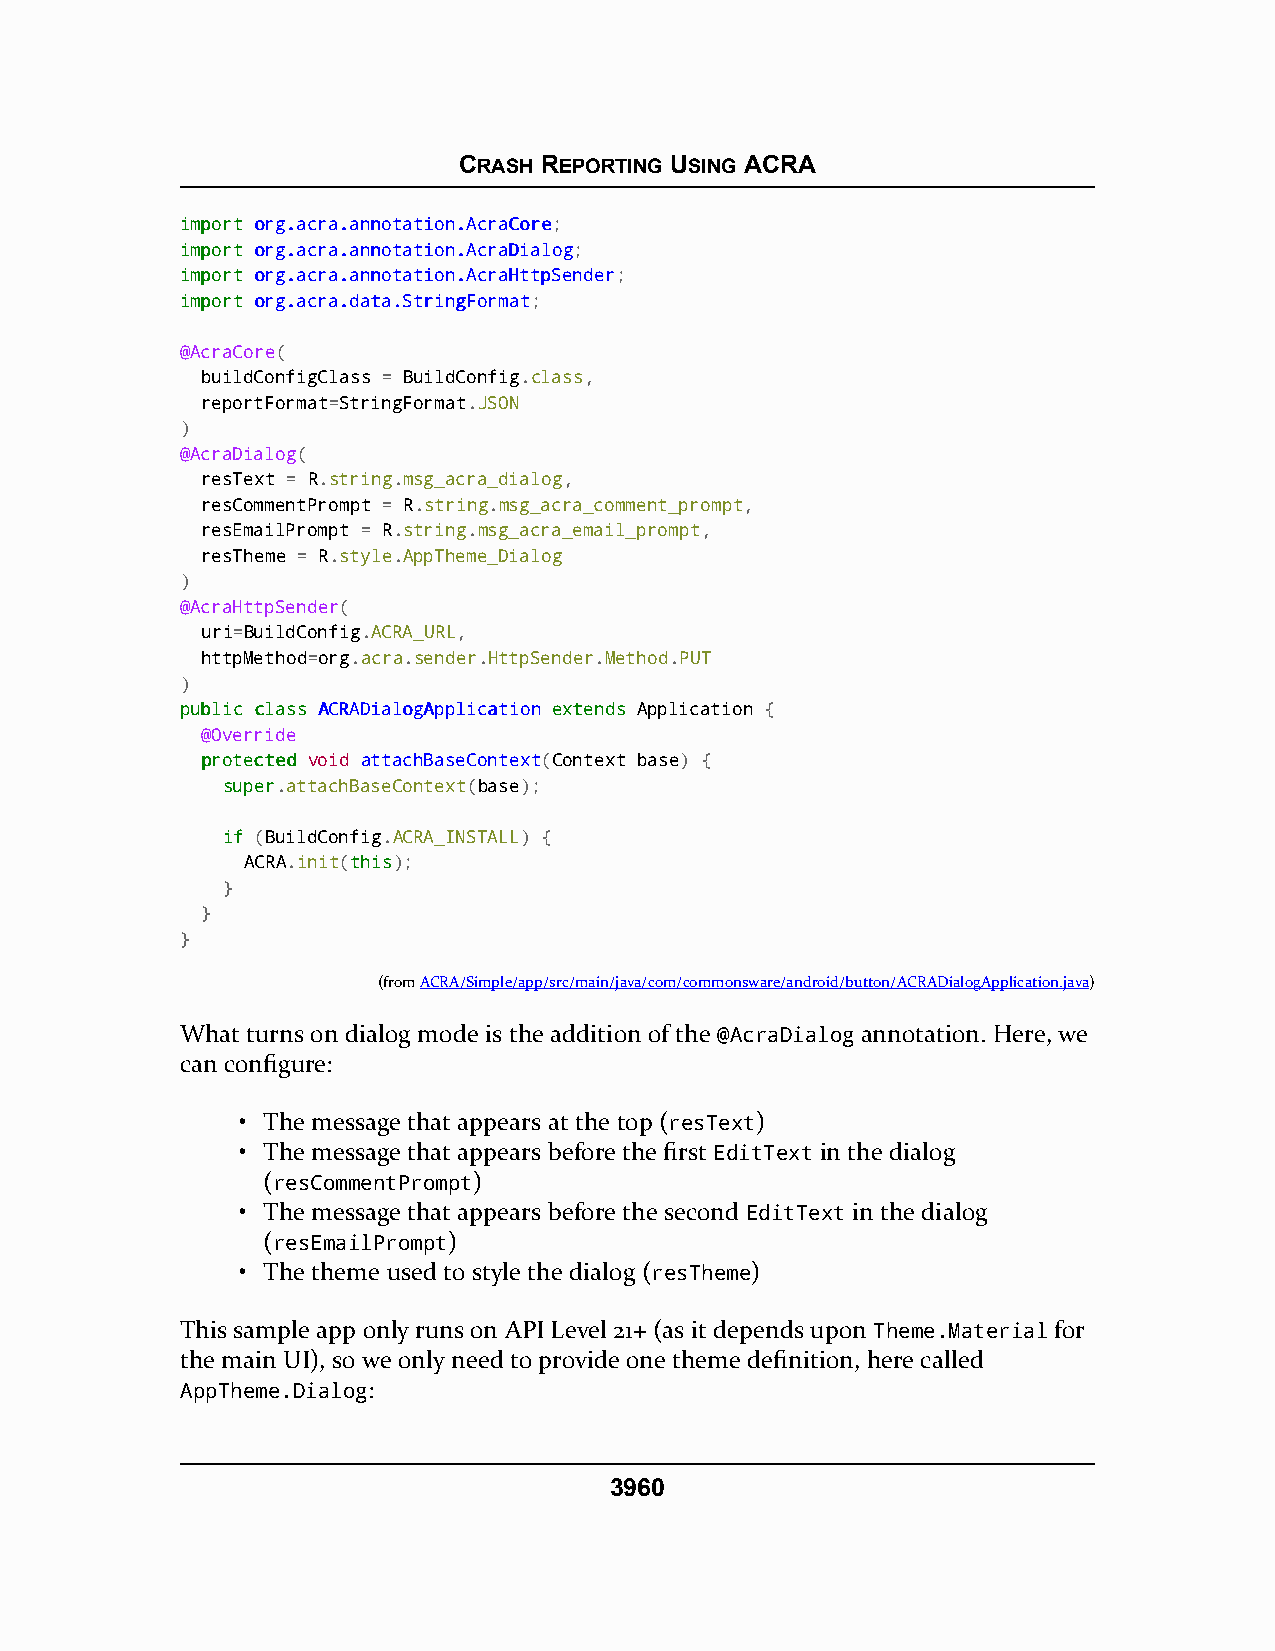
CRASH REPORTING USING ACRA
 iimmppoorrtt oorrgg..aaccrraa..aannnnoottaattiioonn..AAccrraaCCoorree;
 iimmppoorrtt oorrgg..aaccrraa..aannnnoottaattiioonn..AAccrraaDDiiaalloogg;
 iimmppoorrtt oorrgg..aaccrraa..aannnnoottaattiioonn..AAccrraaHHttttppSSeennddeerr;
 iimmppoorrtt oorrgg..aaccrraa..ddaattaa..SSttrriinnggFFoorrmmaatt;
 @AcraCore(
 buildConfigClass = BuildConfig.class,
 reportFormat=StringFormat.JSON
 )
 @AcraDialog(
 resText = R.string.msg_acra_dialog,
 resCommentPrompt = R.string.msg_acra_comment_prompt,
 resEmailPrompt = R.string.msg_acra_email_prompt,
 resTheme = R.style.AppTheme_Dialog
 )
 @AcraHttpSender(
 uri=BuildConfig.ACRA_URL,
 httpMethod=org.acra.sender.HttpSender.Method.PUT
 )
 ppuubblliicc ccllaassss AACCRRAADDiiaallooggAApppplliiccaattiioonn eexxtteennddss Application {
 @Override
 pprrootteecctteedd void attachBaseContext(Context base) {
 ssuuppeerr.attachBaseContext(base);
 iiff (BuildConfig.ACRA_INSTALL) {
 ACRA.init(tthhiiss);
 }
 }
 }
 (fromACRA/Simple/app/src/main/java/com/commonsware/android/button/ACRADialogApplication.java)
 What turns on dialog mode is the addition of the @AcraDialog annotation. Here, we
 can configure:
 • The message that appears at the top (resText)
 • The message that appears before the first EditText in the dialog
 (resCommentPrompt)
 • The message that appears before the second EditText in the dialog
 (resEmailPrompt)
 • The theme used to style the dialog (resTheme)
 This sample app only runs on API Level 21+ (as it depends upon Theme.Material for
 the main UI), so we only need to provide one theme definition, here called
 AppTheme.Dialog:
 3960